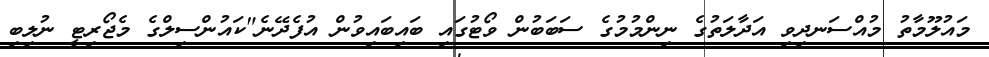
މައުލޫމާތު މުއްސަނދިވި އަދާލަތުގެ ނިންމުމުގެ ސަބަބުން ވޯޓުގައި ބައިބައިވުން އުފެދޭނެ"ކައުންސިލްގެ މެޖޯރިޓީ ނުލިބި